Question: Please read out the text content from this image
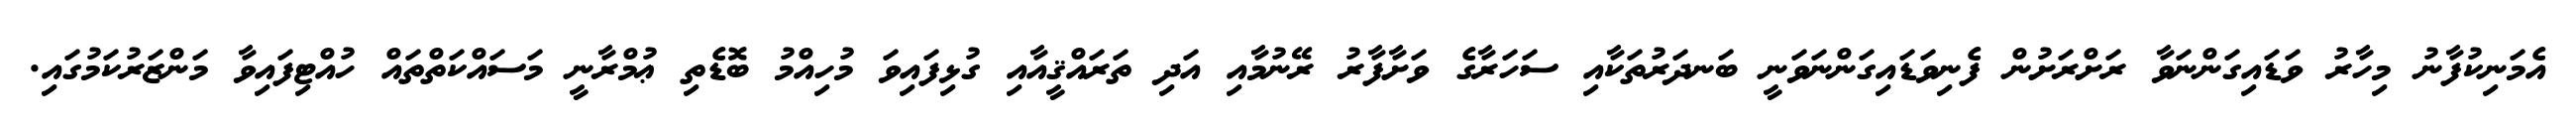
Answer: އެމަނިކުފާނު މިހާރު ވަޑައިގަންނަވާ ރަށްރަށުން ފެނިވަޑައިގަންނަވަނީ ބަނދަރުތަކާއި ސަހަރާގެ ވަށާފާރު ރޭނުމާއި އަދި ތަރައްޤީއާއި ގުޅިފައިވަ މުހިއްމު ބޮޑެތި ޢުމްރާނީ މަސައްކަތްތައް ހުއްޓިފައިވާ މަންޒަރުކަމުގައި.